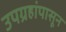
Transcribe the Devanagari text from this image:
उपग्रहांपासून